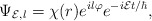
\begin{align*}\Psi_{{\cal E},l}=\chi(r) e^{il\varphi} e^{-i{\cal E}t/\hbar},\end{align*}